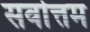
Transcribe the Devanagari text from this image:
सर्वाेत्तम